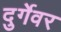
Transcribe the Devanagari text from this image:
दुर्गेवर